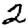
Digit: 2